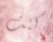
كنت